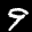
Label: 9